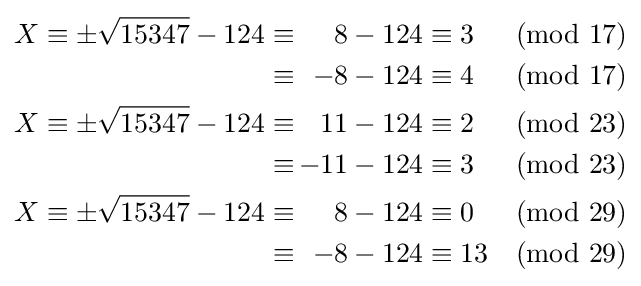
{\begin{alignedat}{3}X\equiv \pm {\sqrt {15347}}-124\equiv &&8-124&\equiv 3&{\pmod {17}}\\\equiv &&-8-124&\equiv 4&{\pmod {17}}\\X\equiv \pm {\sqrt {15347}}-124\equiv &&11-124&\equiv 2&{\pmod {23}}\\\equiv &&\,-11-124&\equiv 3&{\pmod {23}}\\X\equiv \pm {\sqrt {15347}}-124\equiv &&8-124&\equiv 0&{\pmod {29}}\\\equiv &&-8-124&\equiv 13&{\pmod {29}}\\\end{alignedat}}